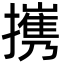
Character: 㩗